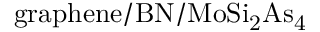
\mathrm { g r a p h e n e / B N / M o S i _ { 2 } A s _ { 4 } }